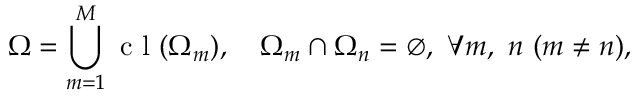
\Omega = \bigcup _ { m = 1 } ^ { M } \mathrm { ~ c ~ l ~ } ( \Omega _ { m } ) , \quad \Omega _ { m } \cap \Omega _ { n } = \emptyset , ~ \forall m , ~ n ~ ( m \neq n ) ,